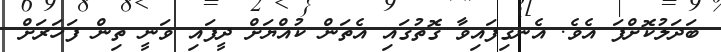
ބަދަލުކޮށްފަ އެވެ. އެނގިފައިވާ ގޮތުގައި އެތަން ކުއްޔަށް ދީފައި ވަނީ ތިން ފަހަރަށް